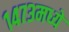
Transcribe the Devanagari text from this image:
१४७३मध्ये